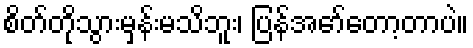
စိတ်တိုသွားမှန်းမသိဘူး၊ ပြန်အော်တော့တာပဲ။